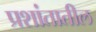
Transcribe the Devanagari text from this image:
प्रशांतातील